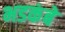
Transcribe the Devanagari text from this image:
भडकंबे